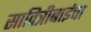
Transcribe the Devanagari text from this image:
सावित्रीबाईचा